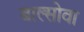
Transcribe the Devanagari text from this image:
बाल्सोवा